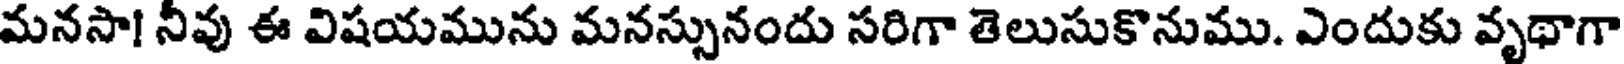
మనసా! నీవు ఈ విషయమును మనస్సునందు సరిగా తెలుసుకొనుము. ఎందుకు వృథాగా